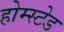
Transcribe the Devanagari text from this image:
होम्स्टेड